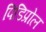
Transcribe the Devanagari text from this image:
पिडिप्रोल